Leaving Certificate Examination, 1903
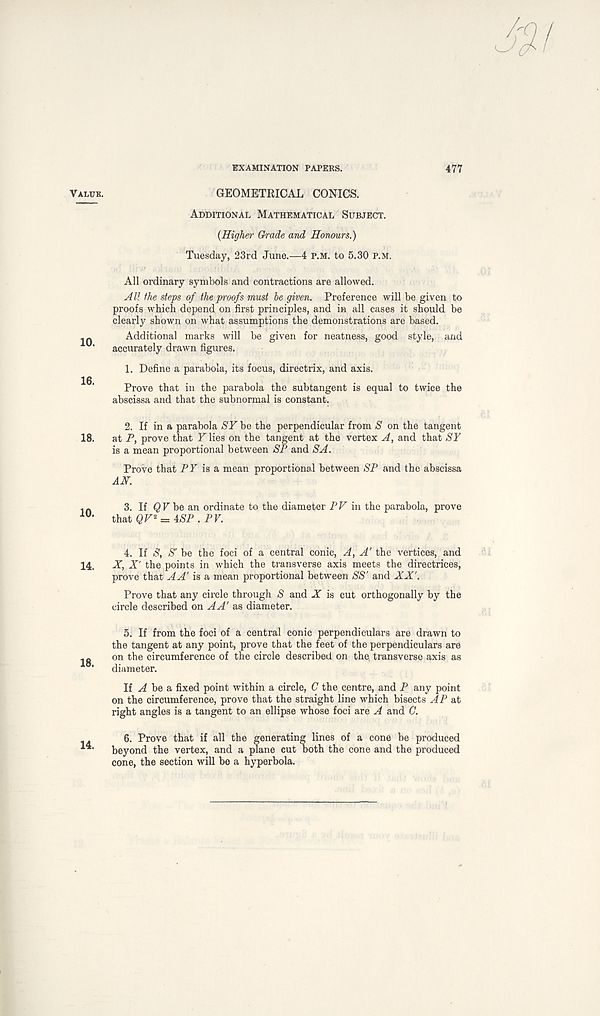
EXAMINATION PAPERS.
477
Value.
10.
16.
18.
10.
14.
18.
14.
GEOMETRICAL CONICS.
Additional Mathematical Subject.
{Higher Grade and Honours.)
Tuesday, 23rd June.—4 P.M. to 5.30 P.M.
All ordinary symbols and contractions are allowed.
A l! fhe steps of the proofs must be given. Preference will be given to
proofs which depend on first principles, and in all cases it should be
clearly shown on what assumptions the demonstrations are based.
Additional marks will be given for neatness, good style, and
accurately drawn figures.
1. Define a parabola, its focus, directrix, and axis.
Prove that in the parabola the subtangent is equal to twice the
abscissa and that the subnormal is constant.
2. If in a parabola ST be the perpendicular from S on the tangent
at P, prove that Flies on the tangent at the vertex A, and that ST
is a mean proportional between SP and SA.
Prove that PF is a mean proportional between SP and the abscissa
AH.
3. If QVbe an ordinate to the diameter PV m the parabola, prove
that QV 2 = 4ST . PV.
4. If S' , S' be the foci of a central conic, A, A' the vertices, and
X, X' the points in which the transverse axis meets the directrices,
prove that A A' is a mean proportional between S' S' and XX'.
Prove that any circle through S and X is cut orthogonally by the
circle described on A A' as diameter.
5. If from the foci of a central conic perpendiculars are drawn to
the tangent at any point, prove that the feet of the perpendiculars are
on the circumference of the circle described on the transverse axis as
diameter.
If be a fixed point within a circle, C the centre, and P any point
on the circumference, prove that the straight line which bisects AP at
right angles is a tangent to an ellipse whose foci are A and C.
6. Prove that if all the generating lines of a cone be produced
beyond the vertex, and a plane cut both the cone and the produced
cone, the section will be a hyperbola.